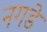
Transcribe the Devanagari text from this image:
नगडे